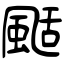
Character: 颳